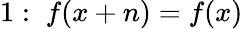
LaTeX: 1:\; f(x+n)=f(x)